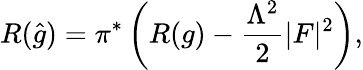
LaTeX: R({\widehat{g}})=\pi^{*}\left(R(g)-{\frac{\Lambda^{2}}{2}}\vert F\vert^{2}\right),